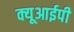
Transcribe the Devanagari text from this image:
क्यूआईपी